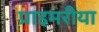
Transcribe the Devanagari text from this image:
प्राइमरीया